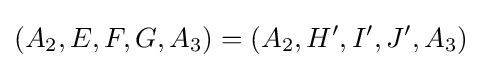
(A_{2},E,F,G,A_{3})=(A_{2},H',I',J',A_{3})